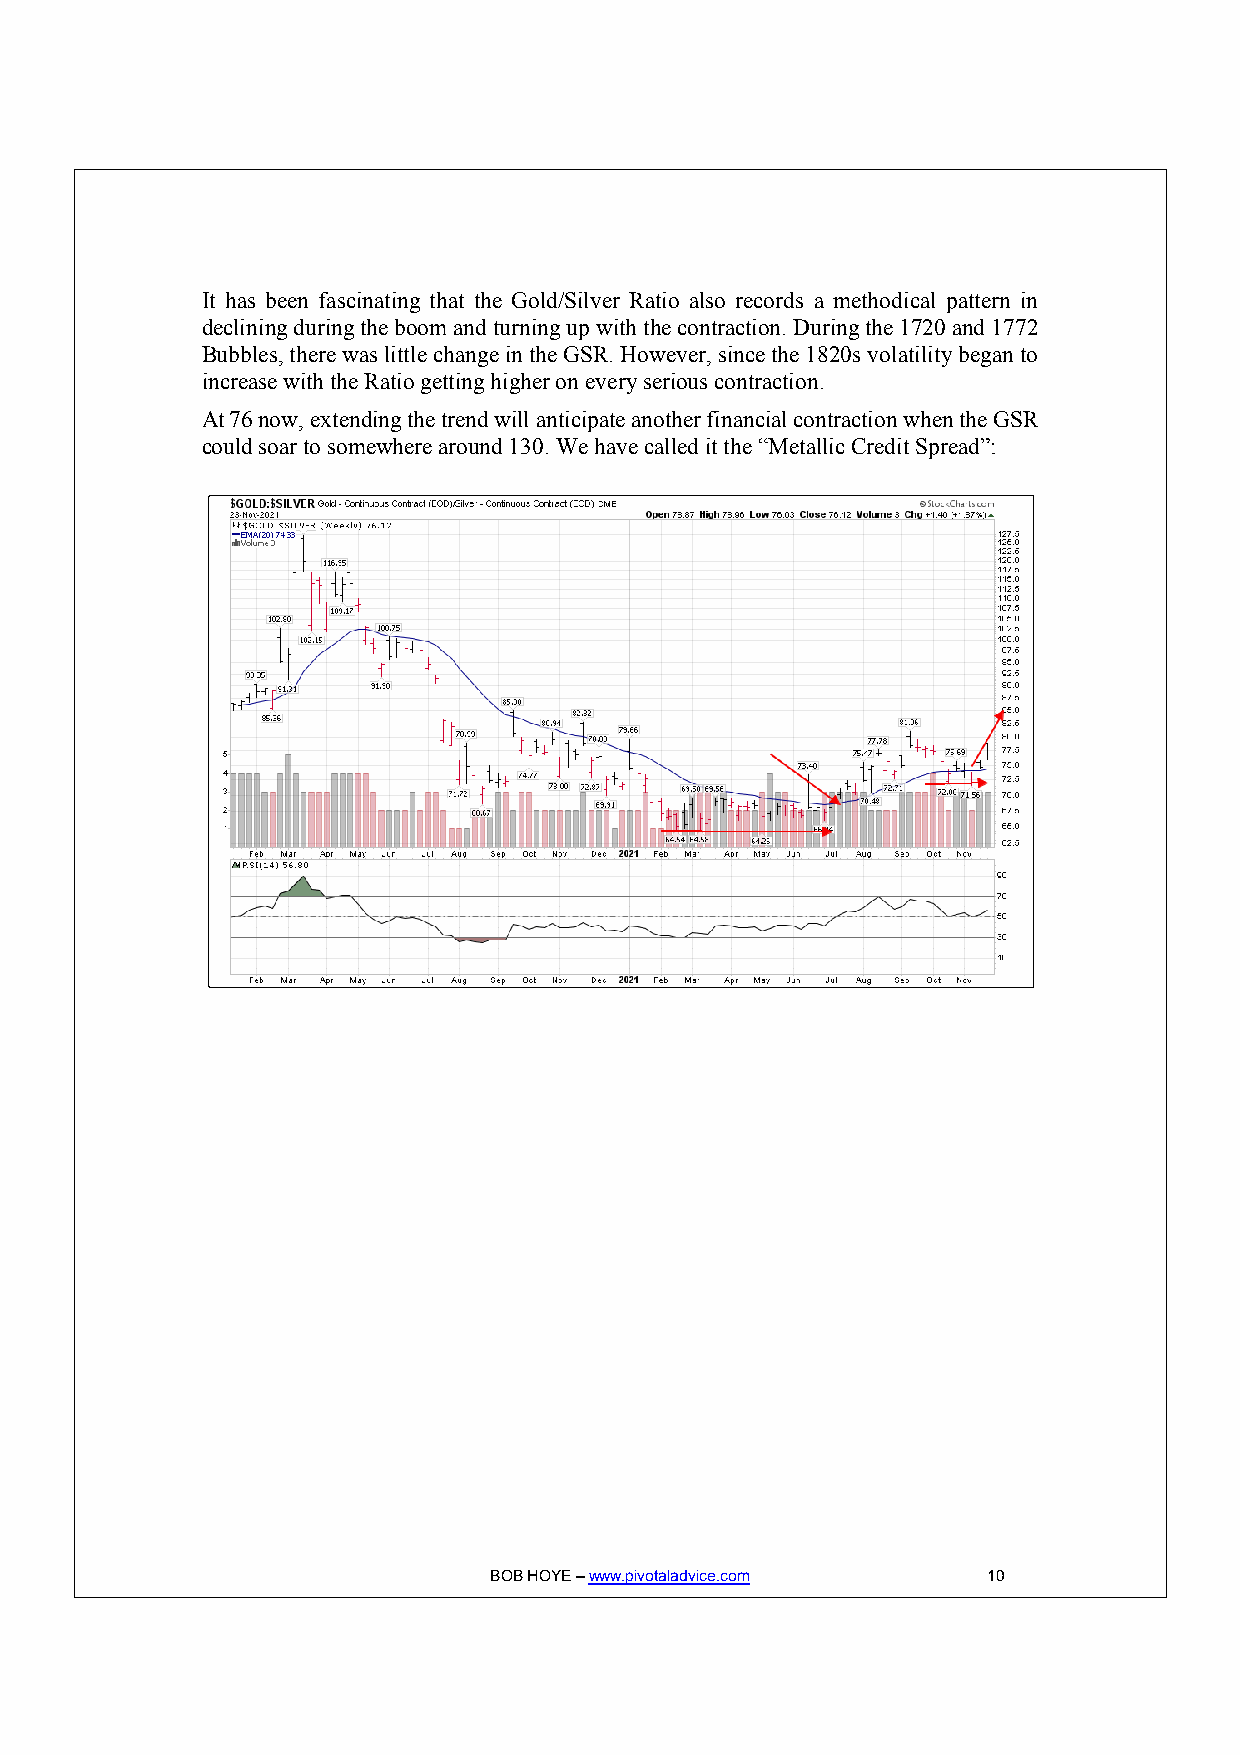
It has been fascinating that the Gold/Silver Ratio also records a methodical pattern in
 declining during the boom and turning up with the contraction. During the 1720 and 1772
 Bubbles, there was little change in the GSR. However, since the 1820s volatility began to
 increase with the Ratio getting higher on every serious contraction.
 At 76 now, extending the trend will anticipate another financial contraction when the GSR
 could soar to somewhere around 130. We have called it the “Metallic Credit Spread”:
 BOB HOYE – www.pivotaladvice.com 10